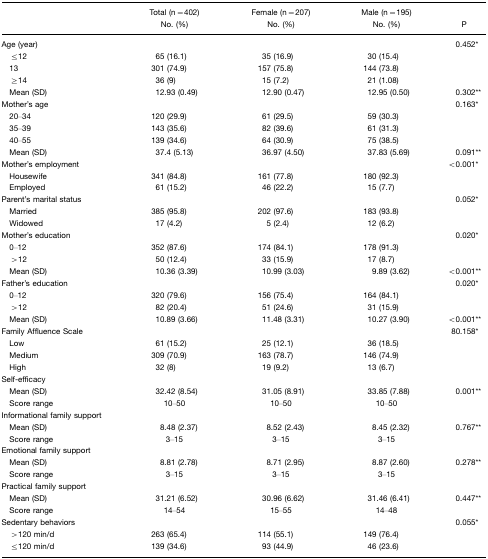
<table><thead><tr><td></td><td><b>Total (n=402) No. (%)</b></td><td><b>Female (n=207) No. (%)</b></td><td><b>Male (n=195) No. (%)</b></td><td><b>P</b></td></tr></thead><tbody><tr><td>Age (year)</td><td></td><td></td><td></td><td>0.452*</td></tr><tr><td> ≤12</td><td>65 (16.1)</td><td>35 (16.9)</td><td>30 (15.4)</td><td></td></tr><tr><td> 13</td><td>301 (74.9)</td><td>157 (75.8)</td><td>144 (73.8)</td><td></td></tr><tr><td> ≥14</td><td>36 (9)</td><td>15 (7.2)</td><td>21 (1.08)</td><td></td></tr><tr><td> Mean (SD)</td><td>12.93 (0.49)</td><td>12.90 (0.47)</td><td>12.95 (0.50)</td><td>0.302**</td></tr><tr><td>Mother&#x27;s age</td><td></td><td></td><td></td><td>0.163*</td></tr><tr><td> 20–34</td><td>120 (29.9)</td><td>61 (29.5)</td><td>59 (30.3)</td><td></td></tr><tr><td> 35–39</td><td>143 (35.6)</td><td>82 (39.6)</td><td>61 (31.3)</td><td></td></tr><tr><td> 40–55</td><td>139 (34.6)</td><td>64 (30.9)</td><td>75 (38.5)</td><td></td></tr><tr><td> Mean (SD)</td><td>37.4 (5.13)</td><td>36.97 (4.50)</td><td>37.83 (5.69)</td><td>0.091**</td></tr><tr><td>Mother&#x27;s employment</td><td></td><td></td><td></td><td>&lt;0.001*</td></tr><tr><td> Housewife</td><td>341 (84.8)</td><td>161 (77.8)</td><td>180 (92.3)</td><td></td></tr><tr><td> Employed</td><td>61 (15.2)</td><td>46 (22.2)</td><td>15 (7.7)</td><td></td></tr><tr><td>Parent&#x27;s marital status</td><td></td><td></td><td></td><td>0.052*</td></tr><tr><td> Married</td><td>385 (95.8)</td><td>202 (97.6)</td><td>183 (93.8)</td><td></td></tr><tr><td> Widowed</td><td>17 (4.2)</td><td>5 (2.4)</td><td>12 (6.2)</td><td></td></tr><tr><td>Mother&#x27;s education</td><td></td><td></td><td></td><td>0.020*</td></tr><tr><td> 0–12</td><td>352 (87.6)</td><td>174 (84.1)</td><td>178 (91.3)</td><td></td></tr><tr><td> &gt;12</td><td>50 (12.4)</td><td>33 (15.9)</td><td>17 (8.7)</td><td></td></tr><tr><td> Mean (SD)</td><td>10.36 (3.39)</td><td>10.99 (3.03)</td><td>9.89 (3.62)</td><td>&lt;0.001**</td></tr><tr><td>Father&#x27;s education</td><td></td><td></td><td></td><td>0.020*</td></tr><tr><td> 0–12</td><td>320 (79.6)</td><td>156 (75.4)</td><td>164 (84.1)</td><td></td></tr><tr><td> &gt;12</td><td>82 (20.4)</td><td>51 (24.6)</td><td>31 (15.9)</td><td></td></tr><tr><td> Mean (SD)</td><td>10.89 (3.66)</td><td>11.48 (3.31)</td><td>10.27 (3.90)</td><td>&lt;0.001**</td></tr><tr><td>Family Affluence Scale</td><td></td><td></td><td></td><td>80.158*</td></tr><tr><td> Low</td><td>61 (15.2)</td><td>25 (12.1)</td><td>36 (18.5)</td><td></td></tr><tr><td> Medium</td><td>309 (70.9)</td><td>163 (78.7)</td><td>146 (74.9)</td><td></td></tr><tr><td> High</td><td>32 (8)</td><td>19 (9.2)</td><td>13 (6.7)</td><td></td></tr><tr><td>Self-efficacy</td><td></td><td></td><td></td><td></td></tr><tr><td> Mean (SD)</td><td>32.42 (8.54)</td><td>31.05 (8.91)</td><td>33.85 (7.88)</td><td>0.001**</td></tr><tr><td> Score range</td><td>10–50</td><td>10–50</td><td>10–50</td><td></td></tr><tr><td>Informational family support</td><td></td><td></td><td></td><td></td></tr><tr><td> Mean (SD)</td><td>8.48 (2.37)</td><td>8.52 (2.43)</td><td>8.45 (2.32)</td><td>0.767**</td></tr><tr><td> Score range</td><td>3–15</td><td>3–15</td><td>3–15</td><td></td></tr><tr><td>Emotional family support</td><td></td><td></td><td></td><td></td></tr><tr><td> Mean (SD)</td><td>8.81 (2.78)</td><td>8.71 (2.95)</td><td>8.87 (2.60)</td><td>0.278**</td></tr><tr><td> Score range</td><td>3–15</td><td>3–15</td><td>3–15</td><td></td></tr><tr><td>Practical family support</td><td></td><td></td><td></td><td></td></tr><tr><td> Mean (SD)</td><td>31.21 (6.52)</td><td>30.96 (6.62)</td><td>31.46 (6.41)</td><td>0.447**</td></tr><tr><td> Score range</td><td>14–54</td><td>15–55</td><td>14–48</td><td></td></tr><tr><td>Sedentary behaviors</td><td></td><td></td><td></td><td>0.055*</td></tr><tr><td> &gt;120 min/d</td><td>263 (65.4)</td><td>114 (55.1)</td><td>149 (76.4)</td><td></td></tr><tr><td> ≤120 min/d</td><td>139 (34.6)</td><td>93 (44.9)</td><td>46 (23.6)</td><td></td></tr></tbody></table>